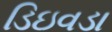
ડિઇવડા